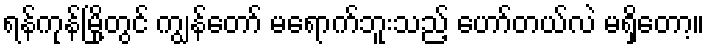
ရန်ကုန်မြို့တွင် ကျွန်တော် မရောက်ဘူးသည့် ဟော်တယ်လဲ မရှိတော့။